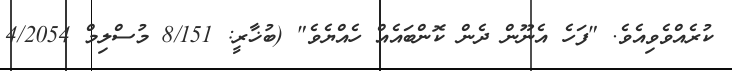
ކުރެއްވެވިއެވެ. "ފަހެ އެނޫން ދެން ކޮންބައެއް ހެއްޔެވެ" (ބުޚާރީީ: 8/151 މުސްލިމް 4/2054